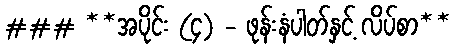
### **အပိုင်း (၄) - ဖုန်းနံပါတ်နှင့် လိပ်စာ**